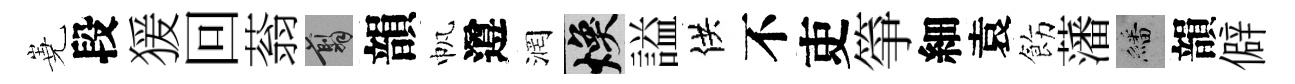
嶤段猨回蓊翦韻帆遵润焕謚供不吏箏細袁飭藩繙韻僻